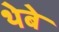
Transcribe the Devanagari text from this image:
थेबे